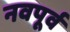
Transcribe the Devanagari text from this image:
नवपूर्व